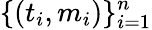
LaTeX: \{ (t_{i},m_{i})\} _{i=1}^{n}